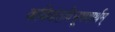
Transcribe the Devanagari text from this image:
कविकंठविभूषणार्थम्